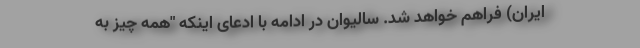
ایران) فراهم خواهد شد. سالیوان در ادامه با ادعای اینکه "همه چیز به